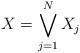
LaTeX: \begin{align*}X = \bigvee_{j=1}^N X_j\end{align*}